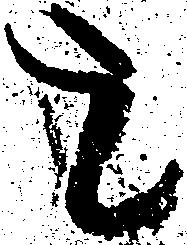
を